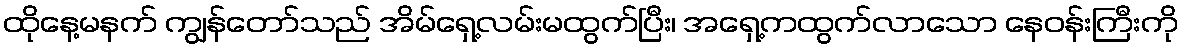
ထိုနေ့မနက် ကျွန်တော်သည် အိမ်ရှေ့လမ်းမထွက်ပြီး၊ အရှေ့ကထွက်လာသော နေဝန်းကြီးကို